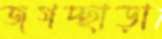
জগচ্ছাড়া